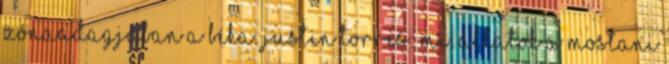
zónaadagjában a béka. Justin Torres: Mi, állatok A mostani